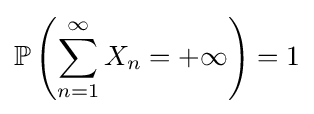
\mathbb {P} \left(\sum _{n=1}^{\infty }X_{n}=+\infty \right)=1